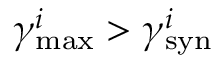
\gamma _ { \mathrm { m a x } } ^ { i } > \gamma _ { \mathrm { s y n } } ^ { i }